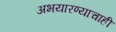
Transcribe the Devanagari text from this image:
अभयारण्याचाही